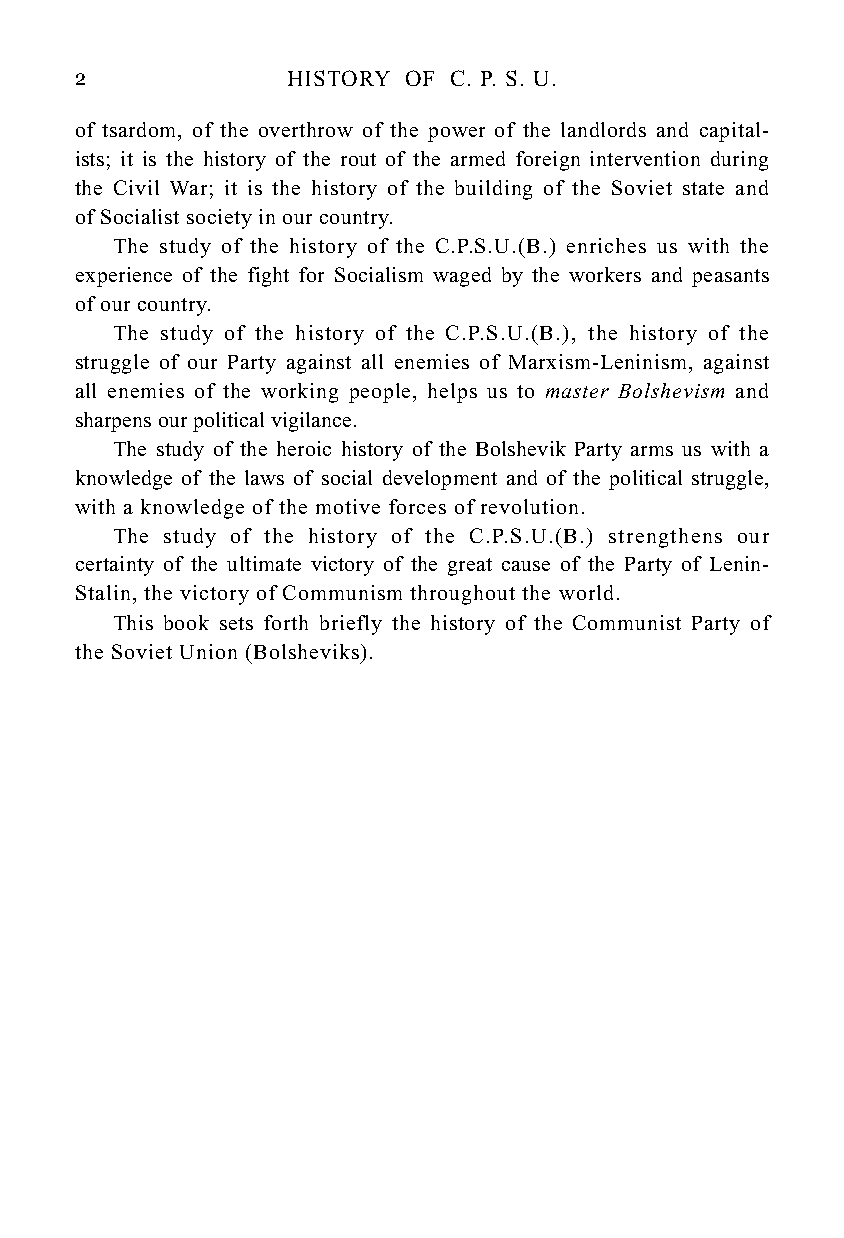
2             HISTORY OF C. P. S. U.
 of tsardom, of the overthrow of the power of the landlords and capital-
 ists; it is the history of the rout of the armed foreign intervention during
 the Civil War; it is the history of the building of the Soviet state and
 of Socialist society in our country.
 The study of the history of the C.P.S.U.(B.) enriches us with the
 experience of the fight for Socialism waged by the workers and peasants
 of our country.
 The study of the history of the C.P.S.U.(B.), the history of the
 struggle of our Party against all enemies of Marxism-Leninism, against
 all enemies of the working people, helps us to master Bolshevism and
 sharpens our political vigilance.
 The study of the heroic history of the Bolshevik Party arms us with a
 knowledge of the laws of social development and of the political struggle,
 with a knowledge of the motive forces of revolution.
 The study of the history of the C.P.S.U.(B.) strengthens our
 certainty of the ultimate victory of the great cause of the Party of Lenin-
 Stalin, the victory of Communism throughout the world.
 This book sets forth briefly the history of the Communist Party of
 the Soviet Union (Bolsheviks).